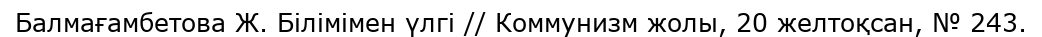
Балмағамбетова Ж. Білімімен үлгі // Коммунизм жолы, 20 желтоқсан, № 243.